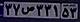
۳۷ص۳۳۱۵۳